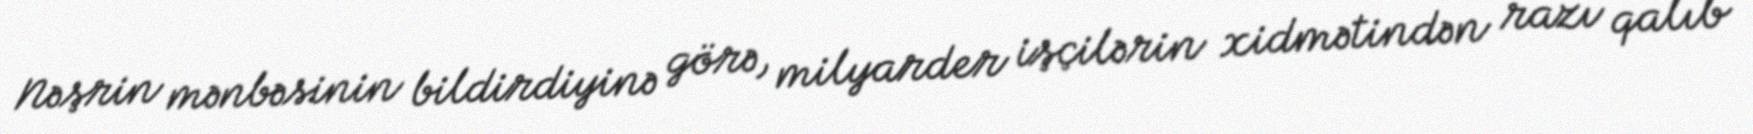
Nəşrin mənbəsinin bildirdiyinə görə, milyarder işçilərin xidmətindən razı qalıb